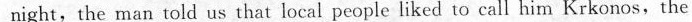
night,the man told us that local people liked to call him Krkonos,the